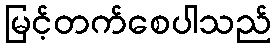
မြင့်တက်စေပါသည်